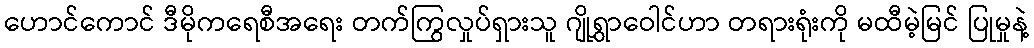
ဟောင်ကောင် ဒီမိုကရေစီအရေး တက်ကြွလှုပ်ရှားသူ ဂျိုရွှာဝေါင်ဟာ တရားရုံးကို မထီမဲ့မြင် ပြုမှုနဲ့